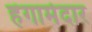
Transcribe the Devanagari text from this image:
हंगामेदार